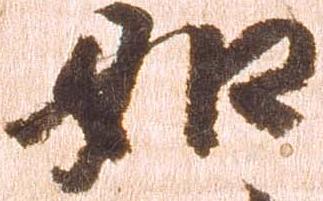
如